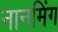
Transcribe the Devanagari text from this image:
नानमिंग